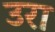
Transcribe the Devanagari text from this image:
उरा